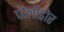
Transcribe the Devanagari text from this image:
पौलीडोर